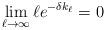
LaTeX: \begin{align*}\lim_{\ell \to \infty} \ell e^{-\delta k_{\ell}} = 0\end{align*}